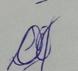
Signature authenticity: genuine